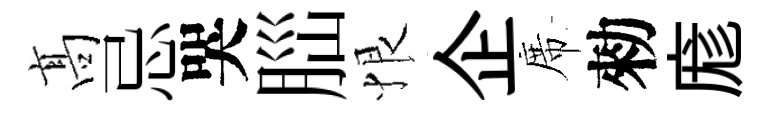
髙忌哭𦛁恨企席勑庬